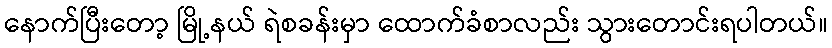
နောက်ပြီးတော့ မြို့နယ် ရဲစခန်းမှာ ထောက်ခံစာလည်း သွားတောင်းရပါတယ်။